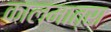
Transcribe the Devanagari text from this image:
कालमात्रा